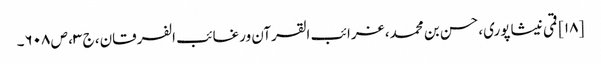
[۱۸] قمی نیشاپوری، حسن بن محمد، غرائب القرآن ورغائب الفرقان، ج ۳، ص ۶۰۸۔